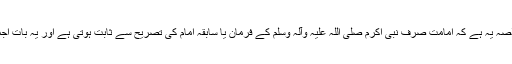
اس کا خلاصہ یہ ہے کہ امامت صرف نبی اکرم صلی اللہ علیہ وآلہ وسلم کے فرمان یا سابقہ امام کی تصریح سے ثابت ہوتی ہے اور یہ بات اجماعی ہے۔